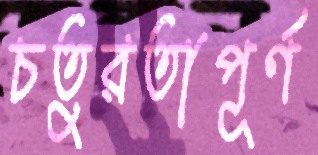
চতুরতাপূর্ণ